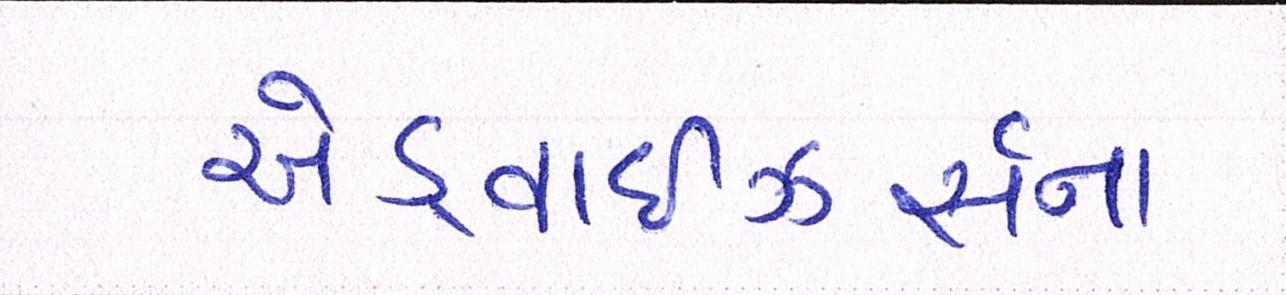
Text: એડ્વાઇઝર્સના